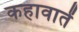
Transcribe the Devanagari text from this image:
कहावातें